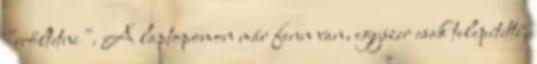
"erőltetni". A laptopomon már fenn van, egyszer csak telepítette,